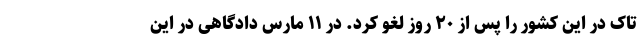
تاک در این کشور را پس از ۲۰ روز لغو کرد. در ۱۱ مارس دادگاهی در این